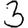
Digit: 3